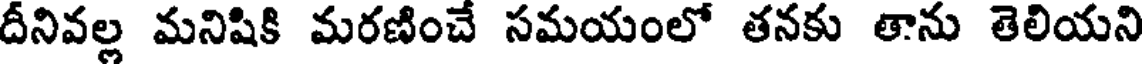
దీనివల్ల మనిషికి మరణించే సమయంలో తనకు తాను తెలియని